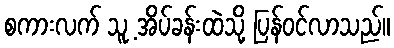
စကားလက် သူ့ အိပ်ခန်းထဲသို့ ပြန်ဝင်လာသည်။